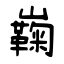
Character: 巈